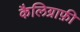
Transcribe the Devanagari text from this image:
कैलिग्राफ़ी